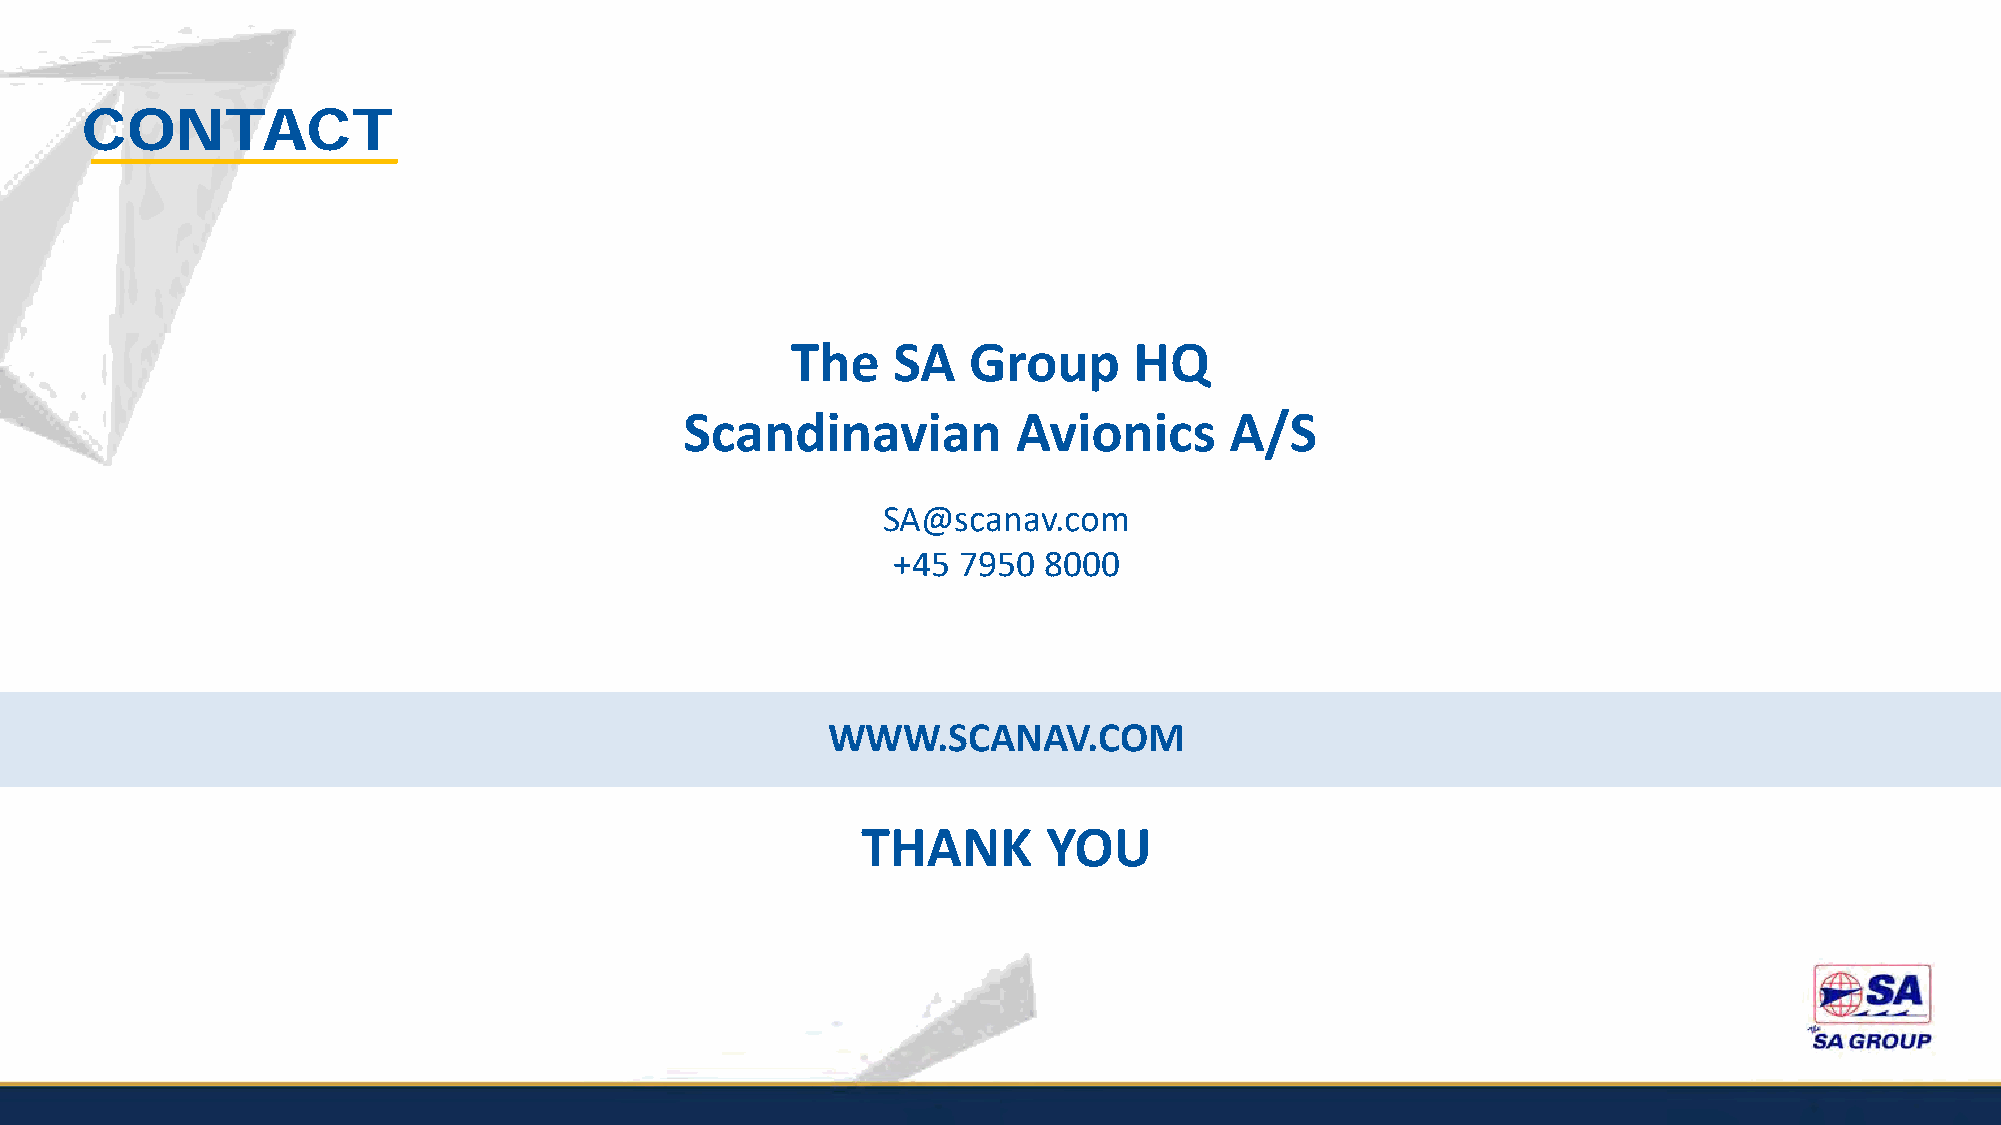
CONTACT
 The    SA   Group      HQ
 Scandinavian          Avionics      A/S
 SA@scanav.com
 +45 7950  8000
 WWW.SCANAV.COM
 THANK       YOU